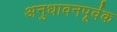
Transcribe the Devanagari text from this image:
अनुधावनपूर्वक